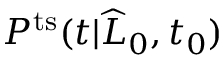
P ^ { \mathrm { t s } } ( t | \widehat { L } _ { 0 } , t _ { 0 } )